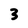
Character: 3